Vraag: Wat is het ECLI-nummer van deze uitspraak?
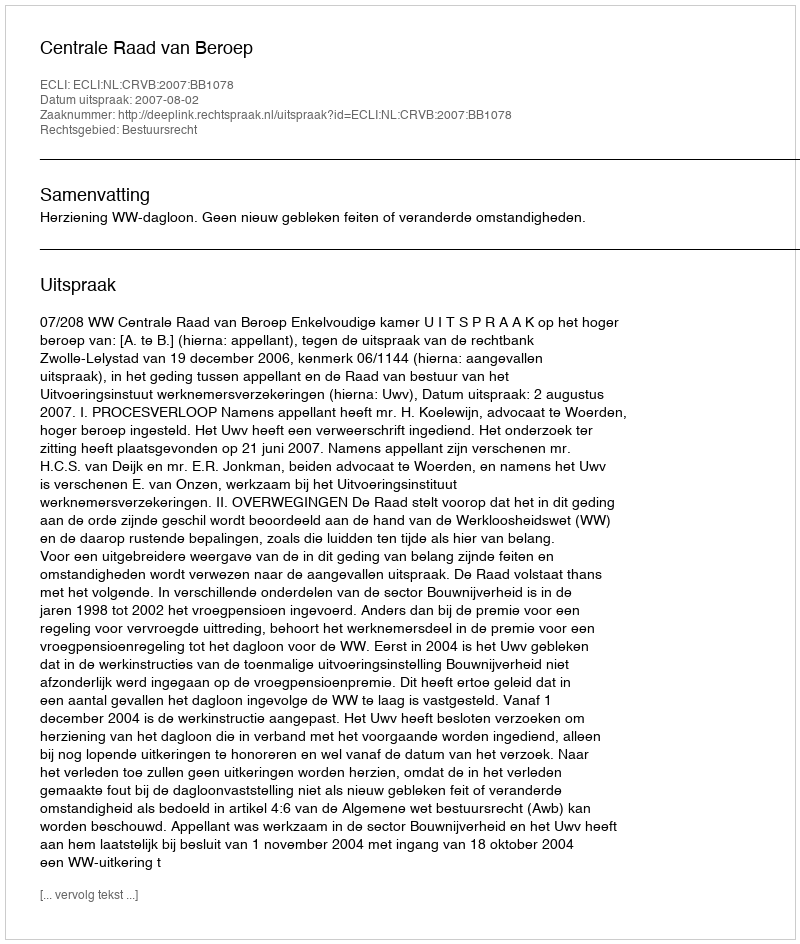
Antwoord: ECLI:NL:CRVB:2007:BB1078